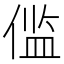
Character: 𫣉